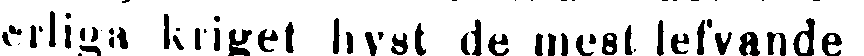
erliga kriget hyst de mest lefvande